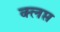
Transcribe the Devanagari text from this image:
क्लप्त